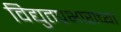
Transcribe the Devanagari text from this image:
विद्युतप्रभारांच्या